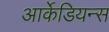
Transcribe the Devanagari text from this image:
आर्केडियन्स